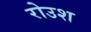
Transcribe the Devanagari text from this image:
रोउश